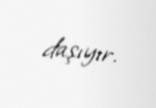
daşıyır.